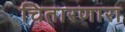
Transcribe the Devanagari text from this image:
चितारणारा